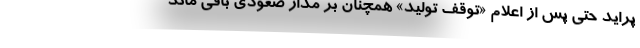
پراید حتی پس از اعلام «توقف تولید» همچنان بر مدار صعودی باقی ماند